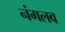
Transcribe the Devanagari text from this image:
नंगलव